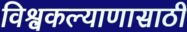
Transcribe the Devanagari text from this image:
विश्वकल्याणासाठी